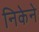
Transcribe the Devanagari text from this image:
निकेने